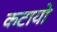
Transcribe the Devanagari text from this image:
कटायो